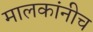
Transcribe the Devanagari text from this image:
मालकांनीच